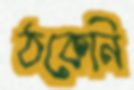
ঠকেনি